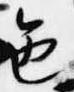
色